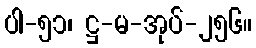
ပါ-၅၁၊ ဋ္ဌ-မ-အုပ်-၂၅၆။